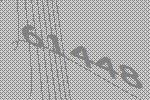
61448